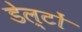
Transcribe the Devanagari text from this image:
डेल्टों